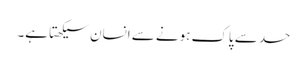
حسد سے پاک ہونے سے انسان سیکھتا ہے۔